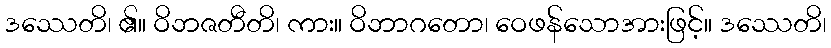
ဒဿေတိ၊ ၏။ ဝိဘဇတီတိ၊ ကား။ ဝိဘာဂတော၊ ဝေဖန်သောအားဖြင့်။ ဒဿေတိ၊